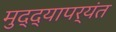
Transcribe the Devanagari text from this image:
मुद्द्‍यापर्यंत